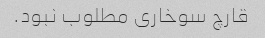
قارچ سوخاری مطلوب نبود.